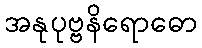
အနုပုဗ္ဗနိရောဓော